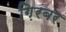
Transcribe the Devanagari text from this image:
ग़िरबर